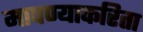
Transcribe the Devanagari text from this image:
मापण्याकरिता